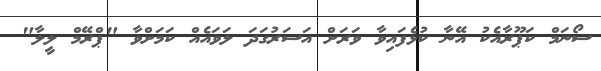
ސޯނަމް ކަޕޫރާއެކު އޭނާ ކުޅެފައިވާ ވަރަށް އަސަރުގަދަ ލަވައެއް ކަމަށްވާ "ޕްރޭމް ލީލާ"